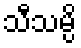
သီသမ္ပိ